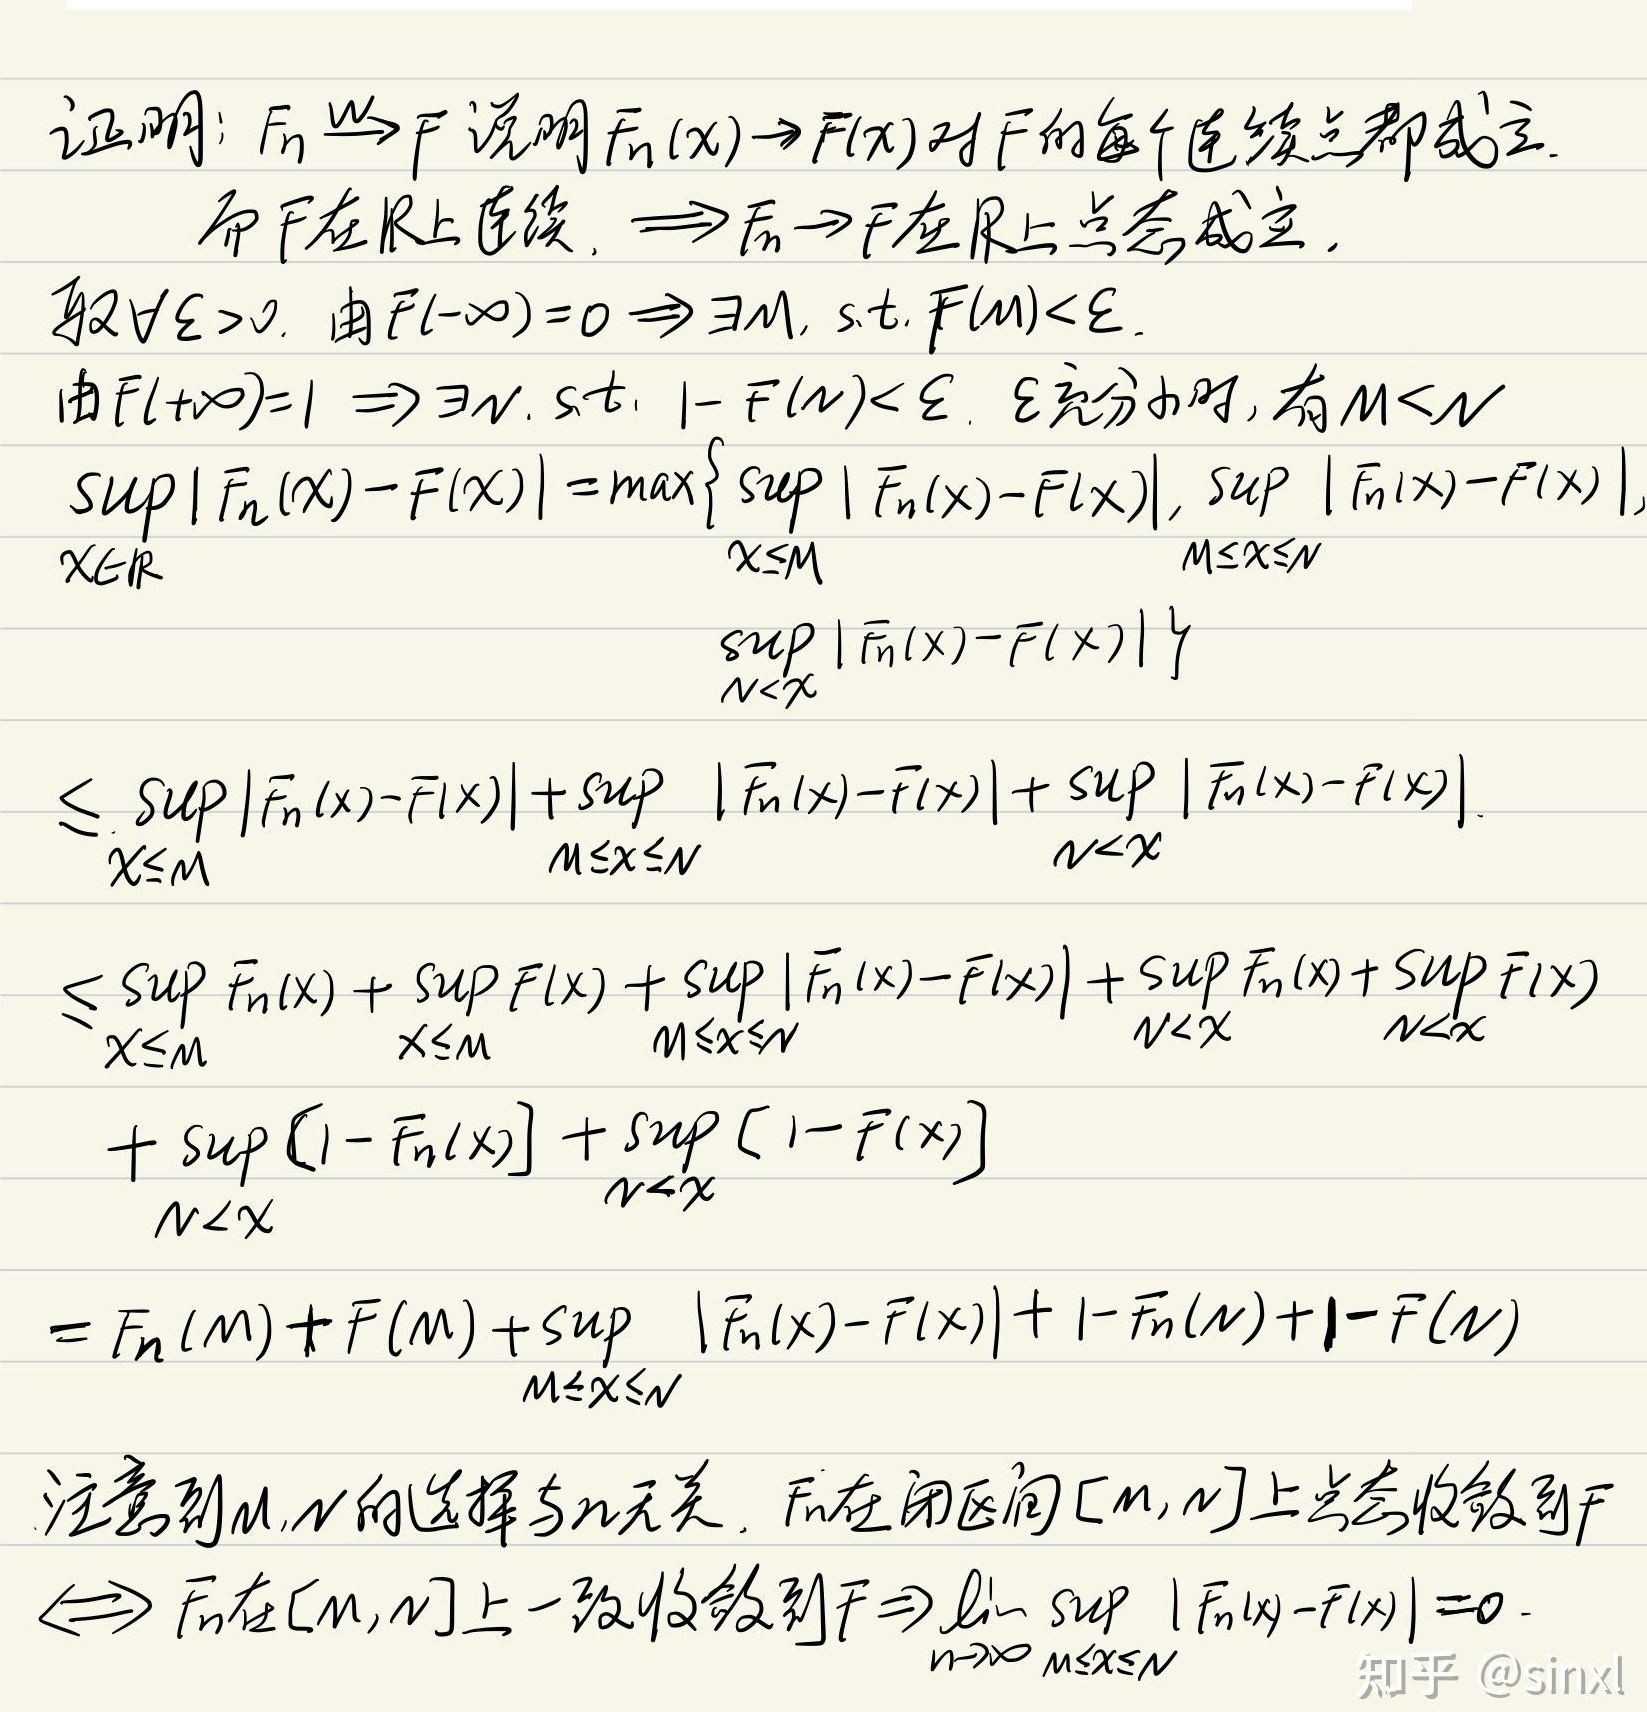
证明：$F_n \stackrel{w}{\Rightarrow} F$ 说明 $F_n(x) \to F(x)$ 对 $F$ 的每个连续点都成立.
而 $F$ 在 $\mathbb{R}$ 上连续，$\Rightarrow F_n \to F$ 在 $\mathbb{R}$ 上点点成立.
取 $\forall \varepsilon > 0$. 由 $F(-\infty)=0 \Rightarrow \exists M$, s.t. $F(M)<\varepsilon$.
由 $F(+\infty)=1 \Rightarrow \exists N$, s.t. $1 - F(N)<\varepsilon$. 充分大时，有 $M < N$.
\[
\begin{align*}
\sup_{x\in\mathbb{R}}|F_n(x)-F(x)|&=\max\left\{\sup_{x\leq M}|F_n(x)-F(x)|,\sup_{M < x\leq N}|F_n(x)-F(x)|,\right.\\
&\left.\sup_{N < x}|F_n(x)-F(x)|\right\}\\
&\leq \sup_{x\leq M}|F_n(x)-F(x)|+\sup_{M < x\leq N}|F_n(x)-F(x)|+\sup_{N < x}|F_n(x)-F(x)|\\
&\leq \sup_{x\leq M}F_n(x)+\sup_{x\leq M}F(x)+\sup_{M < x\leq N}|F_n(x)-F(x)|+\sup_{N < x}F_n(x)+\sup_{N < x}F(x)\\
&+\sup_{N < x}[1 - F_n(x)]+\sup_{N < x}[1 - F(x)]\\
&=F_n(M)+F(M)+\sup_{M < x\leq N}|F_n(x)-F(x)|+1 - F_n(N)+1 - F(N)
\end{align*}
\]
注意到 $M,N$ 的选择与 $n$ 无关. $F_n$ 在闭区间 $[M,N]$ 上点点收敛到 $F$
$\Leftrightarrow F_n$ 在 $[M,N]$ 上一致收敛到 $F\Rightarrow \lim_{n\to\infty}\sup_{M\leq x\leq N}|F_n(x)-F(x)| = 0$.
知乎 @sinxl